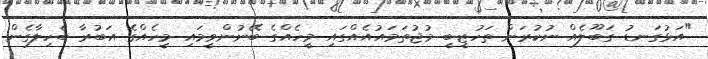
"އަޅުގަނޑު ގަބޫލެއް ނުކުރަން ތަހުޒީބީ މުޖުތަމައުއެއްގައި މީހެއްގެ ބޭނުންވީމައި މީހެއްގެ އަބުރާ ބެހިލާގެން